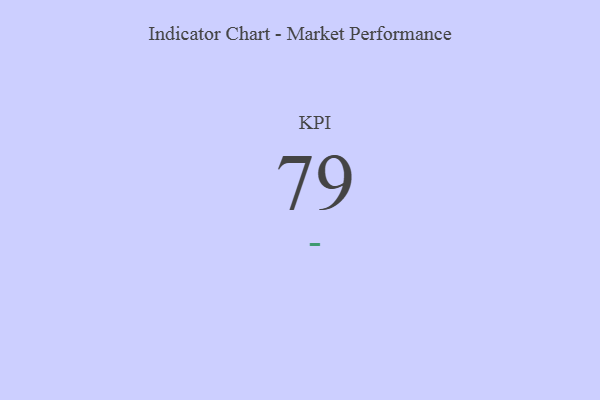
{"axis": {"x": "KPI", "y": "Value"}, "legend": [""], "data": [{"x": "KPI", "y": 79, "type": ""}]}